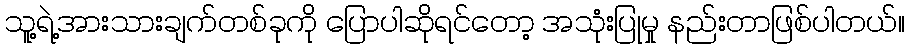
သူ့ရဲ့အားသားချက်တစ်ခုကို ပြောပါဆိုရင်တော့ အသုံးပြုမှု နည်းတာဖြစ်ပါတယ်။